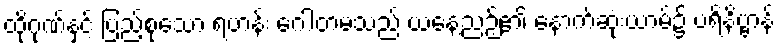
ထိုဂုဏ်နှင့် ပြည့်စုံသော ရဟန်း ဂေါတမသည် ယနေ့ညဉ့်၏ နောက်ဆုံးယာမ်၌ ပရိနိဗ္ဗာန်